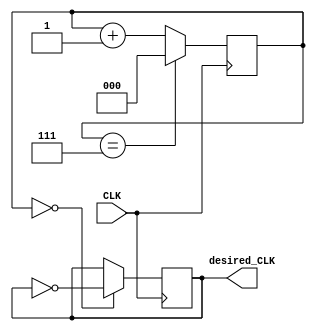
`timescale 1ns / 1ps
//////////////////////////////////////////////////////////////////////////////////
// Company: 
// Engineer: 
// 
// Design Name: 
// Module Name: oled_clock_divider
// Project Name: 
// Target Devices: 
// Tool Versions: 
// Description: 
// 
// Dependencies: 
// 
// Revision:
// Revision 0.01 - File Created
// Additional Comments:
// 
//////////////////////////////////////////////////////////////////////////////////


module oled_clock_divider(
    input CLK,
    output reg desired_CLK = 0
    );
    
    reg [2:0] counter = 0;
    
    always @ (posedge CLK) begin
        counter <= (counter == 7) ? 0 : counter + 1;
        desired_CLK <= (counter == 0) ? ~desired_CLK : desired_CLK;
    end
endmodule